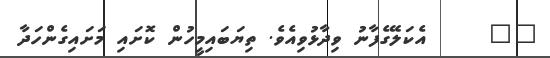
٩٥     އެކަލޭގެފާނު ވިދާޅުވިއެވެ. ތިޔަބައިމީހުން ކޮށައި މަށައިގެންހަދާ